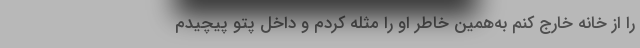
را از خانه خارج کنم به‌همین خاطر او را مثله کردم و داخل پتو پیچیدم